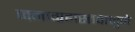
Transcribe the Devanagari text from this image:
जनाग्रहास्तवामुळे